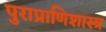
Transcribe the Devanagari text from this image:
पुराप्राणिशास्त्र